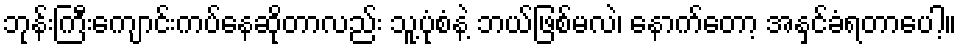
ဘုန်းကြီးကျောင်းကပ်နေဆိုတာလည်း သူ့ပုံစံနဲ့ ဘယ်ဖြစ်မလဲ၊ နောက်တော့ အနှင်ခံရတာပေါ့။